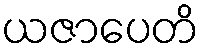
ယဇာပေတိ